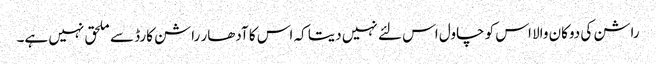
راشن کی دوکان والا اس کو چاول اس لئے نہیں دیتا کہ اس کا آدھار راشن کارڈ سے ملحق نہیں ہے۔